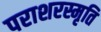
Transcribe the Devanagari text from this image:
पराशरस्मृति